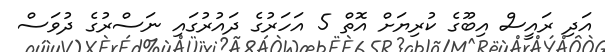
އަދި ރައީސް އިބޫގެ ކުރިޔަށް އޮތް 5 އަހަރުގެ ދައުުރުގައި ނަސްރުގެ ދުވަސް